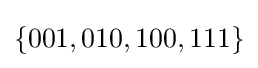
\{001,010,100,111\}